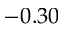
- 0 . 3 0